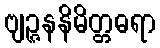
ဗျဉ္ဇနနိမိတ္တဓရာ